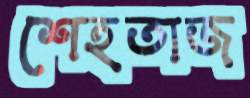
শেহতাজ